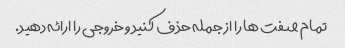
تمام صفت ها را از جمله حذف کنید و خروجی را ارائه دهید.